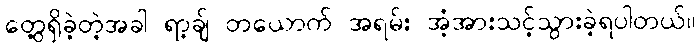
တွေ့ရှိခဲ့တဲ့အခါ ရာ့ချ် တယောက် အရမ်း အံ့အားသင့်သွားခဲ့ရပါတယ်။